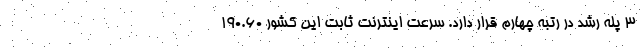
۳ پله رشد در رتبه چهارم قرار دارد. سرعت اینترنت ثابت این کشور ۱۹۰.۶۰